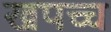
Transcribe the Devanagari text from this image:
खपच्च